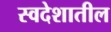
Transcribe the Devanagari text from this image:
स्वदेशातील